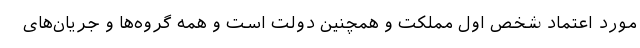
مورد اعتماد شخص اول مملکت و همچنین دولت است و همه گروه‌ها و جریان‌های